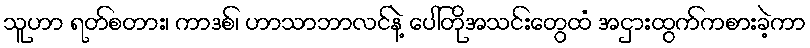
သူဟာ ရတ်စတား၊ ကာဒစ်၊ ဟာသာဘာလင်နဲ့ ပေါ်တိုအသင်းတွေထံ အငှားထွက်ကစားခဲ့ကာ